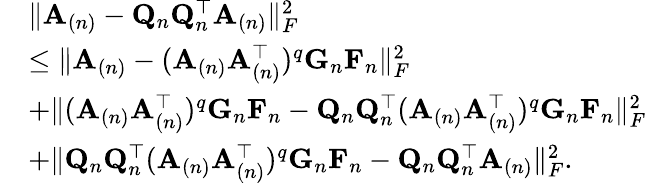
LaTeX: \begin{array}{rl}&{\| \mathbf{A}_{(n)}-\mathbf{Q}_{n}\mathbf{Q}_{n}^{\top}\mathbf{A}_{(n)}\| _{F}^{2}}\\ &{\leq\| \mathbf{A}_{(n)}-(\mathbf{A}_{(n)}\mathbf{A}_{(n)}^{\top})^{q}\mathbf{G}_{n}\mathbf{F}_{n}\| _{F}^{2}}\\ &{+\| (\mathbf{A}_{(n)}\mathbf{A}_{(n)}^{\top})^{q}\mathbf{G}_{n}\mathbf{F}_{n}-\mathbf{Q}_{n}\mathbf{Q}_{n}^{\top}(\mathbf{A}_{(n)}\mathbf{A}_{(n)}^{\top})^{q}\mathbf{G}_{n}\mathbf{F}_{n}\| _{F}^{2}}\\ &{+\| \mathbf{Q}_{n}\mathbf{Q}_{n}^{\top}(\mathbf{A}_{(n)}\mathbf{A}_{(n)}^{\top})^{q}\mathbf{G}_{n}\mathbf{F}_{n}-\mathbf{Q}_{n}\mathbf{Q}_{n}^{\top}\mathbf{A}_{(n)}\| _{F}^{2}.}\end{array}